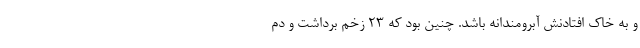
و به خاک افتادنش آبرومندانه باشد. چنین بود که ۲۳ زخم برداشت و دم